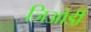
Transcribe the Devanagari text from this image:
जिओर्डी